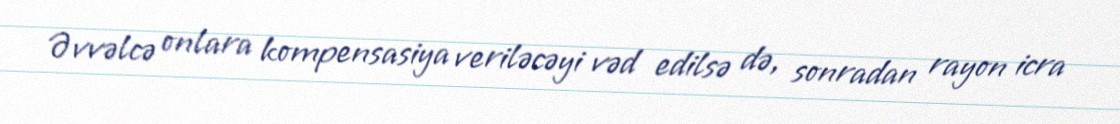
Əvvəlcə onlara kompensasiya veriləcəyi vəd edilsə də, sonradan rayon icra